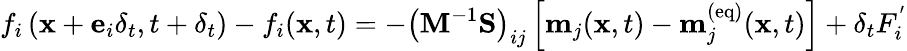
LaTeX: f_{i}\left(\mathbf{x}+\mathbf{e}_{i}\delta_{t},t+\delta_{t}\right)-f_{i}(\mathbf{x},t)=-\left(\mathbf{M}^{-1}\mathbf{S}\right)_{ij}\left[\mathbf{m}_{j}(\mathbf{x},t)-\mathbf{m}_{j}^{(\mathrm{eq})}(\mathbf{x},t)\right]+\delta_{t}F_{i}^{'}